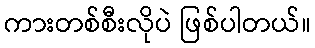
ကားတစ်စီးလိုပဲ ဖြစ်ပါတယ်။